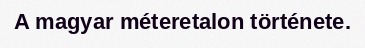
A magyar méteretalon története.